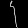
Digit: ၄